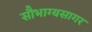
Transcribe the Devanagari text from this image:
सौभाग्यसागर